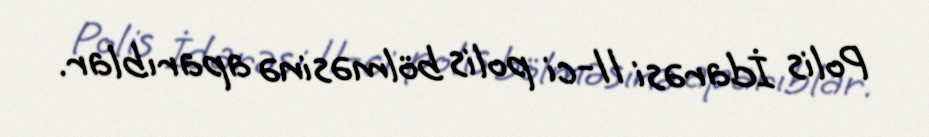
Polis İdarəsi 11-ci polis bölməsinə aparıblar.